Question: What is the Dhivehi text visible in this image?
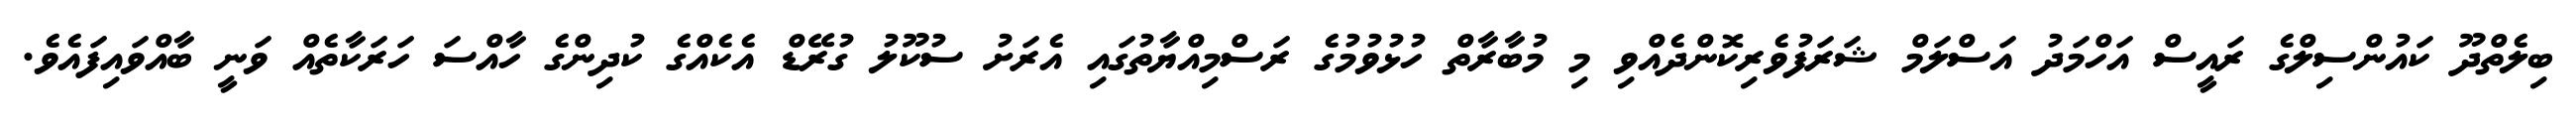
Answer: ބިލެތްދޫ ކައުންސިލްގެ ރައީސް އަހްމަދު އަސްލަމް ޝަރަފުވެރިކޮންދެއްވި މި މުބާރާތް ހުޅުވުމުގެ ރަސްމިއްޔާތުގައި އެރަށު ސުކޫލު ގުރޭޑް އެކެއްގެ ކުދިންގެ ހާއްސަ ހަރަކާތެއް ވަނީ ބާއްވައިފައެވެ.